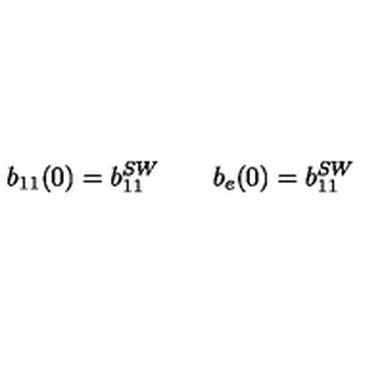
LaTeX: b _ { 1 1 } ( 0 ) = b _ { 1 1 } ^ { S W } \qquad b _ { e } ( 0 ) = b _ { 1 1 } ^ { S W }